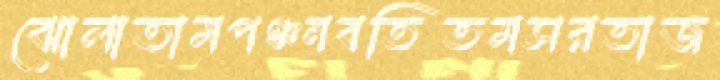
ঝোলাতামপঞ্চনবতিতমসরতাজ